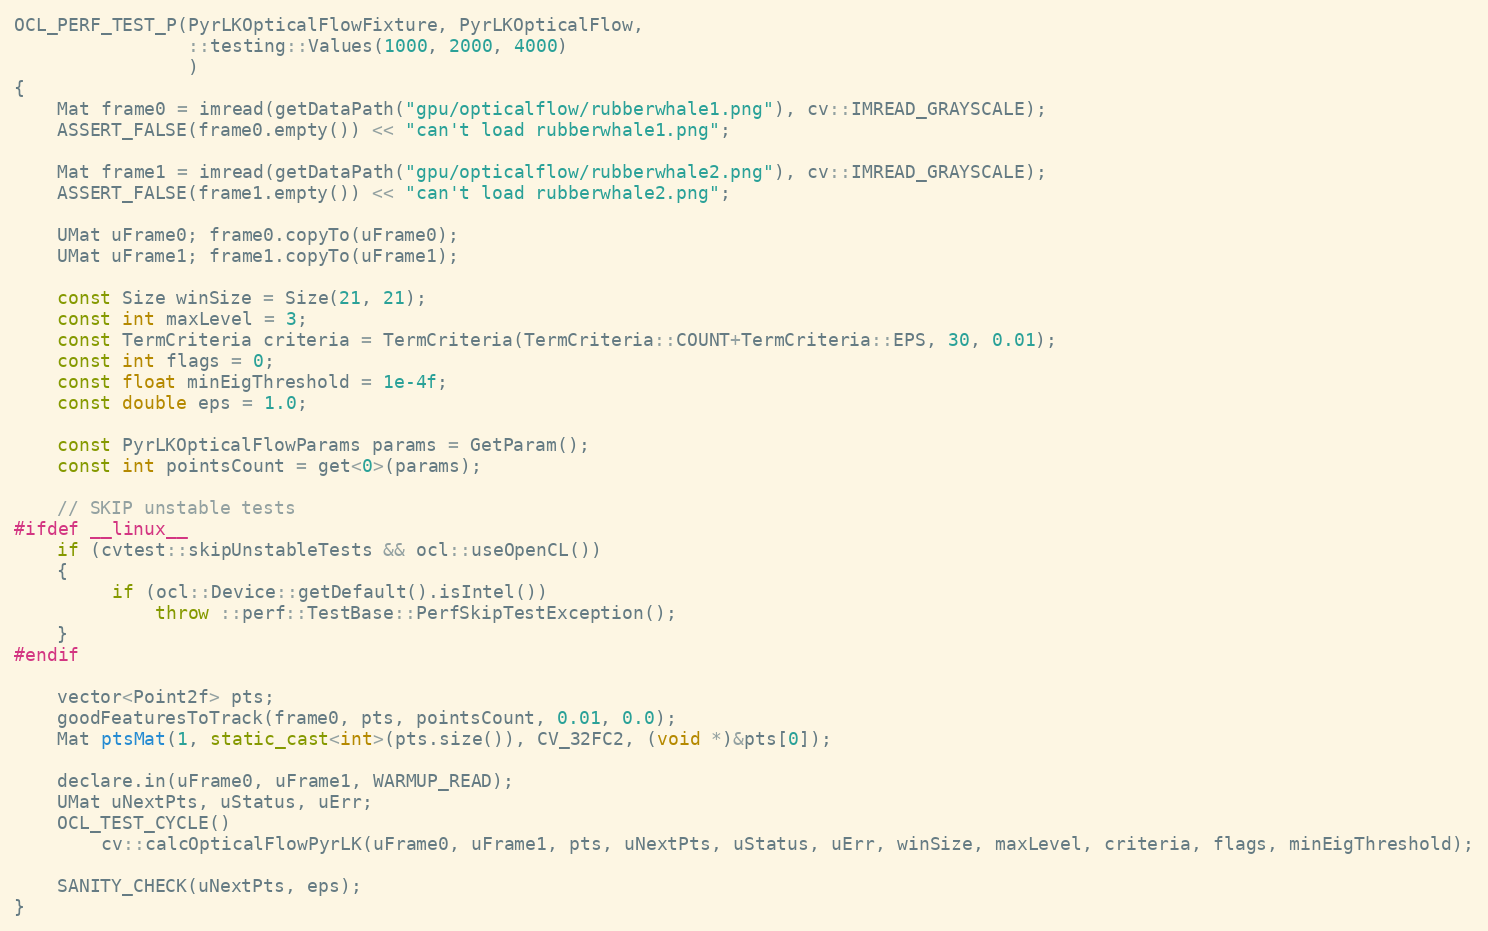
Language: C++
OCL_PERF_TEST_P(PyrLKOpticalFlowFixture, PyrLKOpticalFlow,
                ::testing::Values(1000, 2000, 4000)
                )
{
    Mat frame0 = imread(getDataPath("gpu/opticalflow/rubberwhale1.png"), cv::IMREAD_GRAYSCALE);
    ASSERT_FALSE(frame0.empty()) << "can't load rubberwhale1.png";

    Mat frame1 = imread(getDataPath("gpu/opticalflow/rubberwhale2.png"), cv::IMREAD_GRAYSCALE);
    ASSERT_FALSE(frame1.empty()) << "can't load rubberwhale2.png";

    UMat uFrame0; frame0.copyTo(uFrame0);
    UMat uFrame1; frame1.copyTo(uFrame1);

    const Size winSize = Size(21, 21);
    const int maxLevel = 3;
    const TermCriteria criteria = TermCriteria(TermCriteria::COUNT+TermCriteria::EPS, 30, 0.01);
    const int flags = 0;
    const float minEigThreshold = 1e-4f;
    const double eps = 1.0;

    const PyrLKOpticalFlowParams params = GetParam();
    const int pointsCount = get<0>(params);

    // SKIP unstable tests
#ifdef __linux__
    if (cvtest::skipUnstableTests && ocl::useOpenCL())
    {
         if (ocl::Device::getDefault().isIntel())
             throw ::perf::TestBase::PerfSkipTestException();
    }
#endif

    vector<Point2f> pts;
    goodFeaturesToTrack(frame0, pts, pointsCount, 0.01, 0.0);
    Mat ptsMat(1, static_cast<int>(pts.size()), CV_32FC2, (void *)&pts[0]);

    declare.in(uFrame0, uFrame1, WARMUP_READ);
    UMat uNextPts, uStatus, uErr;
    OCL_TEST_CYCLE()
        cv::calcOpticalFlowPyrLK(uFrame0, uFrame1, pts, uNextPts, uStatus, uErr, winSize, maxLevel, criteria, flags, minEigThreshold);

    SANITY_CHECK(uNextPts, eps);
}